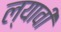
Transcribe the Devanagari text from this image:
ल्यावी